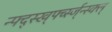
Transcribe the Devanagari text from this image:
न्फ्द्स्ख्र्फ्व्स्ज्न्स्क्ल्